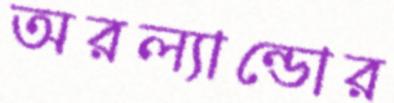
অরল্যান্ডোর